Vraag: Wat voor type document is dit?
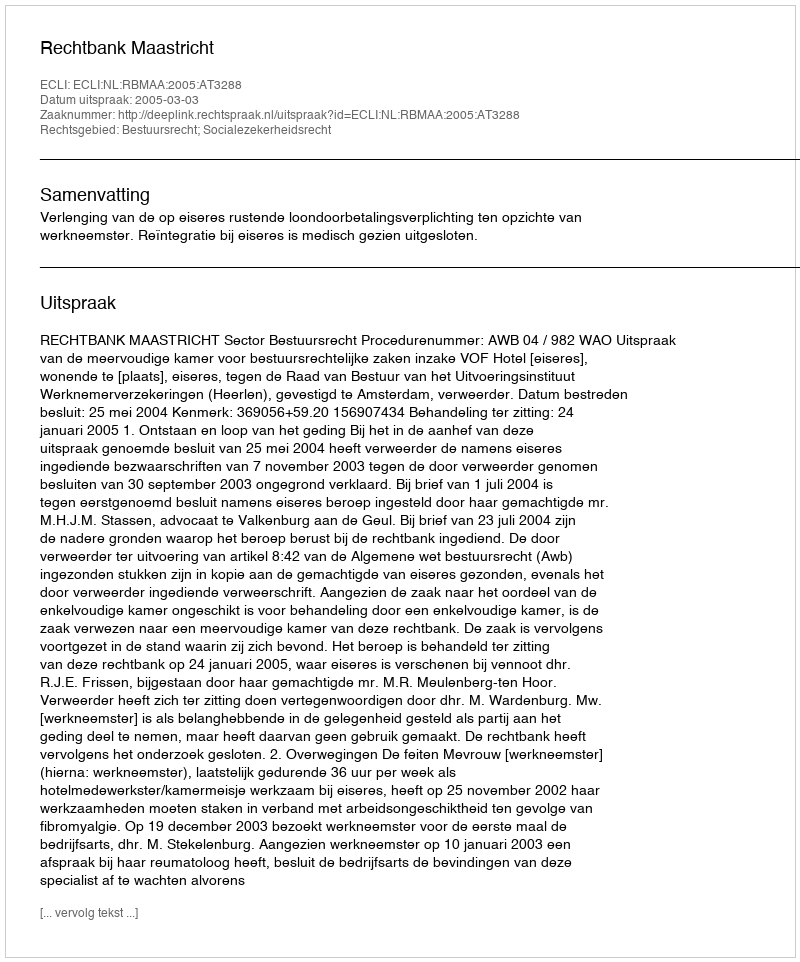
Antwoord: Uitspraak